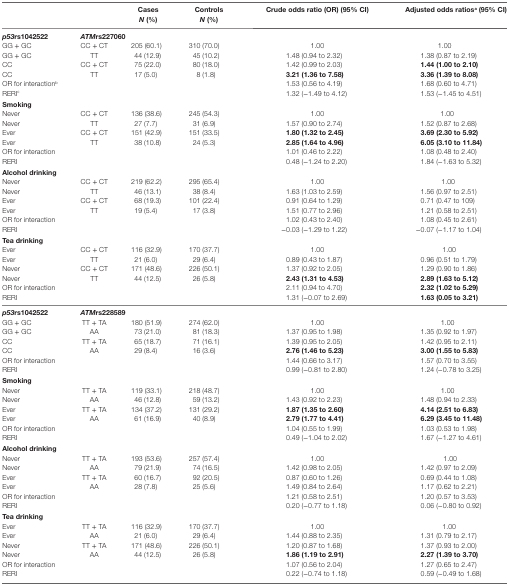
<table><thead><tr><td></td><td></td><td><b>Cases <i>N</i> (%)</b></td><td><b>Controls <i>N</i> (%)</b></td><td><b>Crude odds ratio (OR) (95% CI)</b></td><td><b>Adjusted odds ratios<sup>a</sup> (95% CI)</b></td></tr></thead><tbody><tr><td><b><i>p53</i>rs1042522</b></td><td colspan="5"><b><i>ATM</i>rs227060</b></td></tr><tr><td>GG + GC</td><td>CC + CT</td><td>205 (60.1)</td><td>310 (70.0)</td><td>1.00</td><td>1.00</td></tr><tr><td>GG + GC</td><td>TT</td><td>44 (12.9)</td><td>45 (10.2)</td><td>1.48 (0.94 to 2.32)</td><td>1.38 (0.87 to 2.19)</td></tr><tr><td>CC</td><td>CC + CT</td><td>75 (22.0)</td><td>80 (18.0)</td><td>1.42 (0.99 to 2.03)</td><td><b>1.44 (1.00 to 2.10)</b></td></tr><tr><td>CC</td><td>TT</td><td>17 (5.0)</td><td>8 (1.8)</td><td><b>3.21 (1.36 to 7.58)</b></td><td><b>3.36 (1.39 to 8.08)</b></td></tr><tr><td>OR for interaction<sup>b</sup></td><td></td><td></td><td></td><td>1.53 (0.56 to 4.19)</td><td>1.68 (0.60 to 4.71)</td></tr><tr><td>RERI<sup>c</sup></td><td></td><td></td><td></td><td>1.32 (−1.49 to 4.12)</td><td>1.53 (−1.45 to 4.51)</td></tr><tr><td colspan="6"><b>Smoking</b></td></tr><tr><td>Never</td><td>CC + CT</td><td>136 (38.6)</td><td>245 (54.3)</td><td>1.00</td><td>1.00</td></tr><tr><td>Never</td><td>TT</td><td>27 (7.7)</td><td>31 (6.9)</td><td>1.57 (0.90 to 2.74)</td><td>1.52 (0.87 to 2.68)</td></tr><tr><td>Ever</td><td>CC + CT</td><td>151 (42.9)</td><td>151 (33.5)</td><td><b>1.80 (1.32 to 2.45)</b></td><td><b>3.69 (2.30 to 5.92)</b></td></tr><tr><td>Ever</td><td>TT</td><td>38 (10.8)</td><td>24 (5.3)</td><td><b>2.85 (1.64 to 4.96)</b></td><td><b>6.05 (3.10 to 11.84)</b></td></tr><tr><td>OR for interaction</td><td></td><td></td><td></td><td>1.01 (0.46 to 2.22)</td><td>1.08 (0.48 to 2.40)</td></tr><tr><td>RERI</td><td></td><td></td><td></td><td>0.48 (−1.24 to 2.20)</td><td>1.84 (−1.63 to 5.32)</td></tr><tr><td colspan="6"><b>Alcohol drinking</b></td></tr><tr><td>Never</td><td>CC + CT</td><td>219 (62.2)</td><td>295 (65.4)</td><td>1.00</td><td>1.00</td></tr><tr><td>Never</td><td>TT</td><td>46 (13.1)</td><td>38 (8.4)</td><td>1.63 (1.03 to 2.59)</td><td>1.56 (0.97 to 2.51)</td></tr><tr><td>Ever</td><td>CC + CT</td><td>68 (19.3)</td><td>101 (22.4)</td><td>0.91 (0.64 to 1.29)</td><td>0.71 (0.47 to 109)</td></tr><tr><td>Ever</td><td>TT</td><td>19 (5.4)</td><td>17 (3.8)</td><td>1.51 (0.77 to 2.96)</td><td>1.21 (0.58 to 2.51)</td></tr><tr><td>OR for interaction</td><td></td><td></td><td></td><td>1.02 (0.43 to 2.40)</td><td>1.08 (0.45 to 2.61)</td></tr><tr><td>RERI</td><td></td><td></td><td></td><td>−0.03 (−1.29 to 1.22)</td><td>−0.07 (−1.17 to 1.04)</td></tr><tr><td colspan="6"><b>Tea drinking</b></td></tr><tr><td>Ever</td><td>CC + CT</td><td>116 (32.9)</td><td>170 (37.7)</td><td>1.00</td><td>1.00</td></tr><tr><td>Ever</td><td>TT</td><td>21 (6.0)</td><td>29 (6.4)</td><td>0.89 (0.43 to 1.87)</td><td>0.96 (0.51 to 1.79)</td></tr><tr><td>Never</td><td>CC + CT</td><td>171 (48.6)</td><td>226 (50.1)</td><td>1.37 (0.92 to 2.05)</td><td>1.29 (0.90 to 1.86)</td></tr><tr><td>Never</td><td>TT</td><td>44 (12.5)</td><td>26 (5.8)</td><td><b>2.43 (1.31 to 4.53)</b></td><td><b>2.89 (1.63 to 5.12)</b></td></tr><tr><td>OR for interaction</td><td></td><td></td><td></td><td>2.11 (0.94 to 4.70)</td><td><b>2.32 (1.02 to 5.29)</b></td></tr><tr><td>RERI</td><td></td><td></td><td></td><td>1.31 (−0.07 to 2.69)</td><td><b>1.63 (0.05 to 3.21)</b></td></tr><tr><td><b><i>p53</i>rs1042522</b></td><td colspan="5"><b><i>ATM</i>rs228589</b></td></tr><tr><td>GG + GC</td><td>TT + TA</td><td>180 (51.9)</td><td>274 (62.0)</td><td>1.00</td><td>1.00</td></tr><tr><td>GG + GC</td><td>AA</td><td>73 (21.0)</td><td>81 (18.3)</td><td>1.37 (0.95 to 1.98)</td><td>1.35 (0.92 to 1.97)</td></tr><tr><td>CC</td><td>TT + TA</td><td>65 (18.7)</td><td>71 (16.1)</td><td>1.39 (0.95 to 2.05)</td><td>1.42 (0.95 to 2.11)</td></tr><tr><td>CC</td><td>AA</td><td>29 (8.4)</td><td>16 (3.6)</td><td><b>2.76 (1.46 to 5.23)</b></td><td><b>3.00 (1.55 to 5.83)</b></td></tr><tr><td>OR for interaction</td><td></td><td></td><td></td><td>1.44 (0.66 to 3.17)</td><td>1.57 (0.70 to 3.55)</td></tr><tr><td>RERI</td><td></td><td></td><td></td><td>0.99 (−0.81 to 2.80)</td><td>1.24 (−0.78 to 3.25)</td></tr><tr><td colspan="6"><b>Smoking</b></td></tr><tr><td>Never</td><td>TT + TA</td><td>119 (33.1)</td><td>218 (48.7)</td><td>1.00</td><td>1.00</td></tr><tr><td>Never</td><td>AA</td><td>46 (12.8)</td><td>59 (13.2)</td><td>1.43 (0.92 to 2.23)</td><td>1.48 (0.94 to 2.33)</td></tr><tr><td>Ever</td><td>TT + TA</td><td>134 (37.2)</td><td>131 (29.2)</td><td><b>1.87 (1.35 to 2.60)</b></td><td><b>4.14 (2.51 to 6.83)</b></td></tr><tr><td>Ever</td><td>AA</td><td>61 (16.9)</td><td>40 (8.9)</td><td><b>2.79 (1.77 to 4.41)</b></td><td><b>6.29 (3.45 to 11.48)</b></td></tr><tr><td>OR for interaction</td><td></td><td></td><td></td><td>1.04 (0.55 to 1.99)</td><td>1.03 (0.53 to 1.98)</td></tr><tr><td>RERI</td><td></td><td></td><td></td><td>0.49 (−1.04 to 2.02)</td><td>1.67 (−1.27 to 4.61)</td></tr><tr><td colspan="6"><b>Alcohol drinking</b></td></tr><tr><td>Never</td><td>TT + TA</td><td>193 (53.6)</td><td>257 (57.4)</td><td>1.00</td><td>1.00</td></tr><tr><td>Never</td><td>AA</td><td>79 (21.9)</td><td>74 (16.5)</td><td>1.42 (0.98 to 2.05)</td><td>1.42 (0.97 to 2.09)</td></tr><tr><td>Ever</td><td>TT + TA</td><td>60 (16.7)</td><td>92 (20.5)</td><td>0.87 (0.60 to 1.26)</td><td>0.69 (0.44 to 1.08)</td></tr><tr><td>Ever</td><td>AA</td><td>28 (7.8)</td><td>25 (5.6)</td><td>1.49 (0.84 to 2.64)</td><td>1.17 (0.62 to 2.21)</td></tr><tr><td>OR for interaction</td><td></td><td></td><td></td><td>1.21 (0.58 to 2.51)</td><td>1.20 (0.57 to 3.53)</td></tr><tr><td>RERI</td><td></td><td></td><td></td><td>0.20 (−0.77 to 1.18)</td><td>0.06 (−0.80 to 0.92)</td></tr><tr><td colspan="6"><b>Tea drinking</b></td></tr><tr><td>Ever</td><td>TT + TA</td><td>116 (32.9)</td><td>170 (37.7)</td><td>1.00</td><td>1.00</td></tr><tr><td>Ever</td><td>AA</td><td>21 (6.0)</td><td>29 (6.4)</td><td>1.44 (0.88 to 2.35)</td><td>1.31 (0.79 to 2.17)</td></tr><tr><td>Never</td><td>TT + TA</td><td>171 (48.6)</td><td>226 (50.1)</td><td>1.20 (0.87 to 1.68)</td><td>1.37 (0.93 to 2.00)</td></tr><tr><td>Never</td><td>AA</td><td>44 (12.5)</td><td>26 (5.8)</td><td><b>1.86 (1.19 to 2.91)</b></td><td><b>2.27 (1.39 to 3.70)</b></td></tr><tr><td>OR for interaction</td><td></td><td></td><td></td><td>1.07 (0.56 to 2.04)</td><td>1.27 (0.65 to 2.47)</td></tr><tr><td>RERI</td><td></td><td></td><td></td><td>0.22 (−0.74 to 1.18)</td><td>0.59 (−0.49 to 1.68)</td></tr></tbody></table>